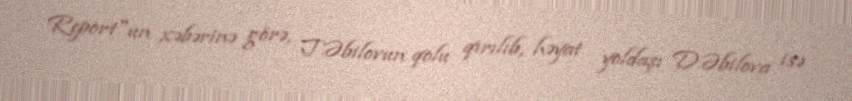
Report"un xəbərinə görə, T.Əbilovun qolu qırılıb, həyat yoldaşı D.Əbilova isə